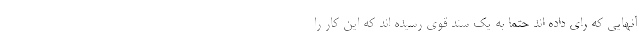
آنهایی که رای داده اند حتما به یک سند قوی رسیده اند که این کار را